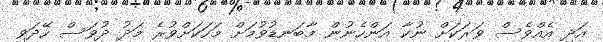
އަދި އެއްވެސް ވަރަކަށް ނުކާ އަންހެނުން މާބަަނޑުވުމަށް މަހަކަށްވުރެ މަދު ދުވަސް ހޭދަވި